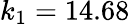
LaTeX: k_{1}=14.68